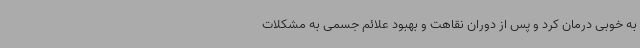
به خوبی درمان کرد و پس از دوران نقاهت و بهبود علائم جسمی به مشکلات